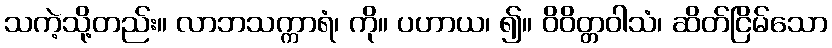
သကဲ့သို့တည်း။ လာဘသက္ကာရံ၊ ကို။ ပဟာယ၊ ၍။ ဝိဝိတ္တဝါသံ၊ ဆိတ်ငြိမ်သော